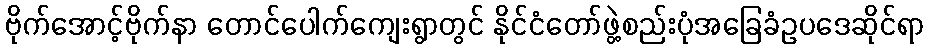
ဗိုက်အောင့်ဗိုက်နာ တောင်ပေါက်ကျေးရွာတွင် နိုင်ငံတော်ဖွဲ့စည်းပုံအခြေခံဥပဒေဆိုင်ရာ